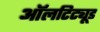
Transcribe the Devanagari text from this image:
ऑलटिट्यूड